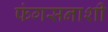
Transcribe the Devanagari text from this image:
फंगसनाशी